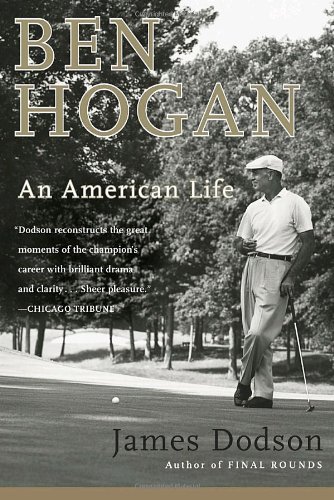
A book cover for Ben Hogan: An American Life; James Dodson; Biographies & Memoirs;